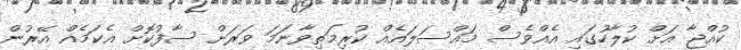
ކުއްޖާ އަށް ކުލާހުގައި އެއްވެސް މައްސަލައެއް ކުރިމަތިވާނަމަ ވަރަށް ސާފުކޮށް އެކަމެއް އޭރުން